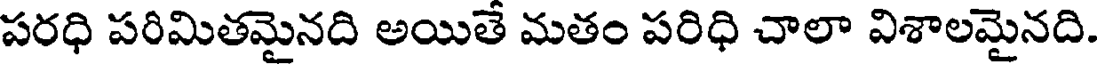
పరధి పరిమితమైనది అయితే మతం పరిధి చాలా విశాలమైనది.